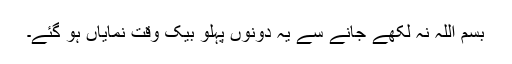
بسم اللہ نہ لکھے جانے سے یہ دونوں پہلو بیک وقت نمایاں ہو گئے۔